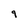
Character: 9